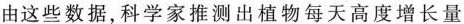
由这些数据，科学家推测出植物每天高度增长量